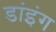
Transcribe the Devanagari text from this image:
डांइंग